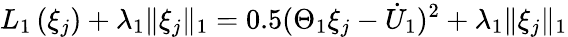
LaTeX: L_{1}\left(\xi_{j}\right)+\lambda_{1}\| \xi_{j}\| _{1}=0.5(\Theta_{1}\xi_{j}-{\dot{U}}_{1})^{2}+\lambda_{1}\| \xi_{j}\| _{1}